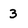
Character: 3